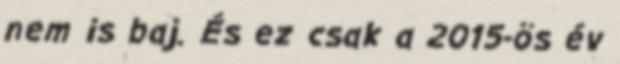
nem is baj. És ez csak a 2015-ös év